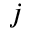
j